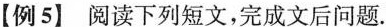
【例5】阅读下列短文，完成文后问题。